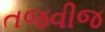
તજવીજ